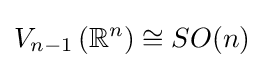
V_{n-1}\left(\mathbb {R} ^{n}\right)\cong SO(n)